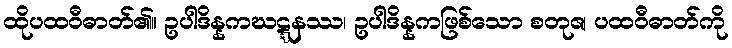
ထိုပထဝီဓာတ်၏။ ဥပါဒိန္နကဃဋ္ဋနဿ၊ ဥပါဒိန္နကဖြစ်သော စတုဇ၊ ပထဝီဓာတ်ကို